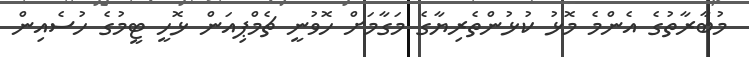
މުބާރާތުގެ އެންމެ މޮޅު ކުޅުންތެރިޔާގެ މަގާމަށް ހޮވުނީ ޗެމްޕިއަން ޅޮހީ ޓީމުގެ ހުސެއިން